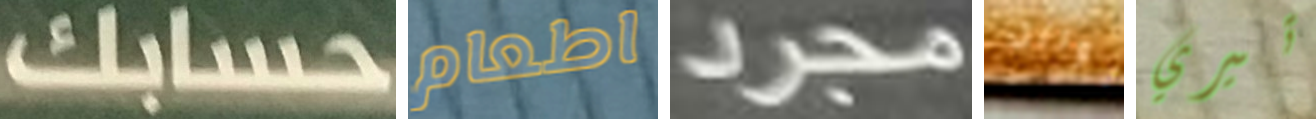
حسابك اطعام مجرد لوريل تيري